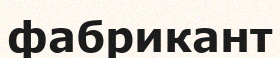
фабрикант